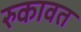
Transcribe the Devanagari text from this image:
रुकावत